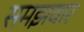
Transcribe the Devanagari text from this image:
समझवार